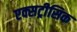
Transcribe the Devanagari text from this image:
एक्सट्रीसिक